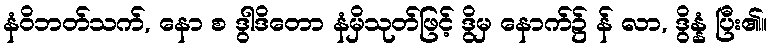
နံဝိဘတ်သက်, နော စ ဒွါဒိတော နံမှိသုတ်ဖြင့် ဒွိမှ နောက်၌ န် လာ, ဒွိန္နံ ပြီး၏။